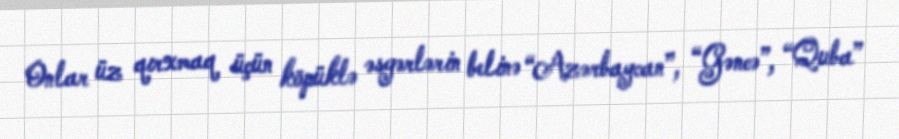
Onlar üz qırxmaq üçün köpüklə əsgərlərin belinə “Azərbaycan”, “Gəncə”, “Quba”